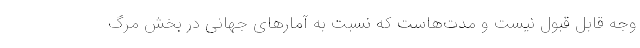
وجه قابل قبول نیست و مدت‌هاست که نسبت به آمارهای جهانی در بخش مرگ